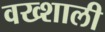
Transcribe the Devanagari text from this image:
वख्शाली